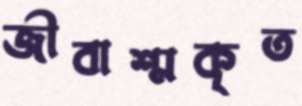
জীবাশ্মকৃত